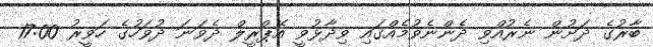
ބާރުގެ ދަށުން ނެރުއްވި ދެންނެވުމެއްގައި ވިދާޅުވީ އޭޕްރީލް ދެވަނަ ދުވަހުގެ ހަވީރު 17:00